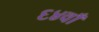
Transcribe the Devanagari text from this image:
६४वाँ